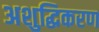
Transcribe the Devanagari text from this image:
अशुद्धिकरण